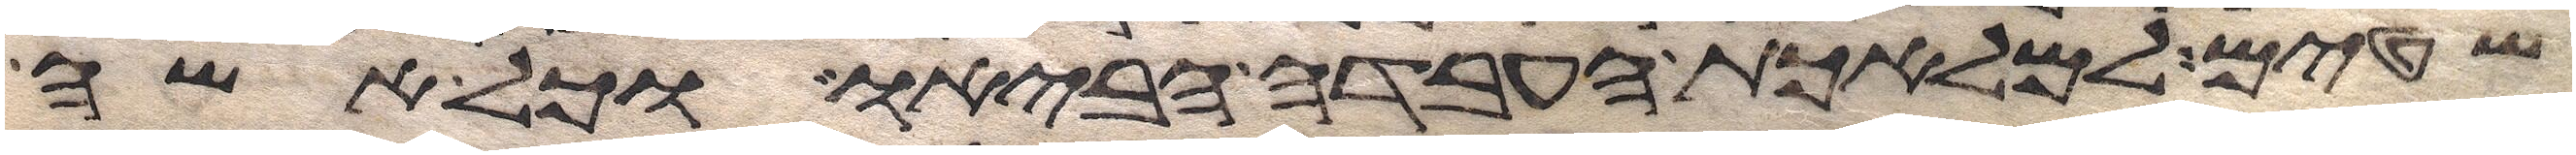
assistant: שטים למלאכת העבדה הביאו וכל אשה